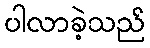
ပါလာခဲ့သည်